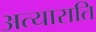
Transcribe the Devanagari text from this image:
अत्याराति